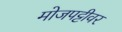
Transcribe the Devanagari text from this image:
मोजपट्टीवर